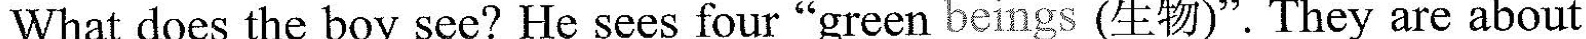
What does the boy see? He sees four "green beings (生物)". They are about